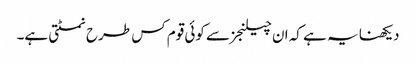
دیکھنا یہ ہے کہ ان چیلنجز سے کوئی قوم کس طرح نمٹتی ہے۔